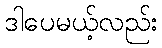
ဒါပေမယ့်လည်း